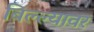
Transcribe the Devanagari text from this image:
बिल्ल्यावर